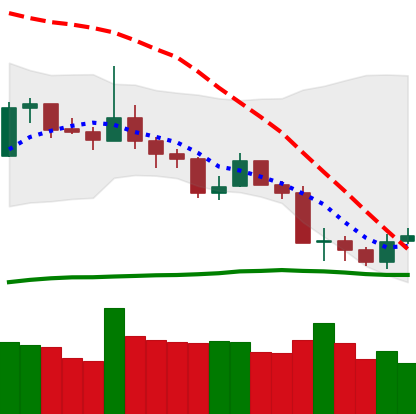
Ticker: LTC-USD
Chart end date: 2019-08-19
Forward return: -4.918%
Label: down_3_5